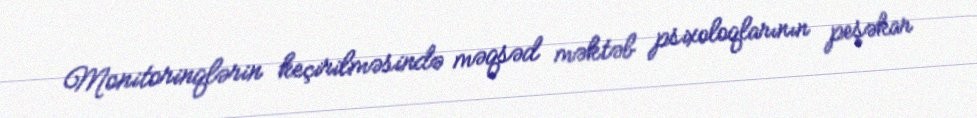
Monitorinqlərin keçirilməsində məqsəd məktəb psixoloqlarının peşəkar